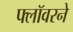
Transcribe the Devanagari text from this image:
फ्लॉवरने